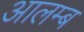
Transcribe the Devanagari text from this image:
आलम्ब